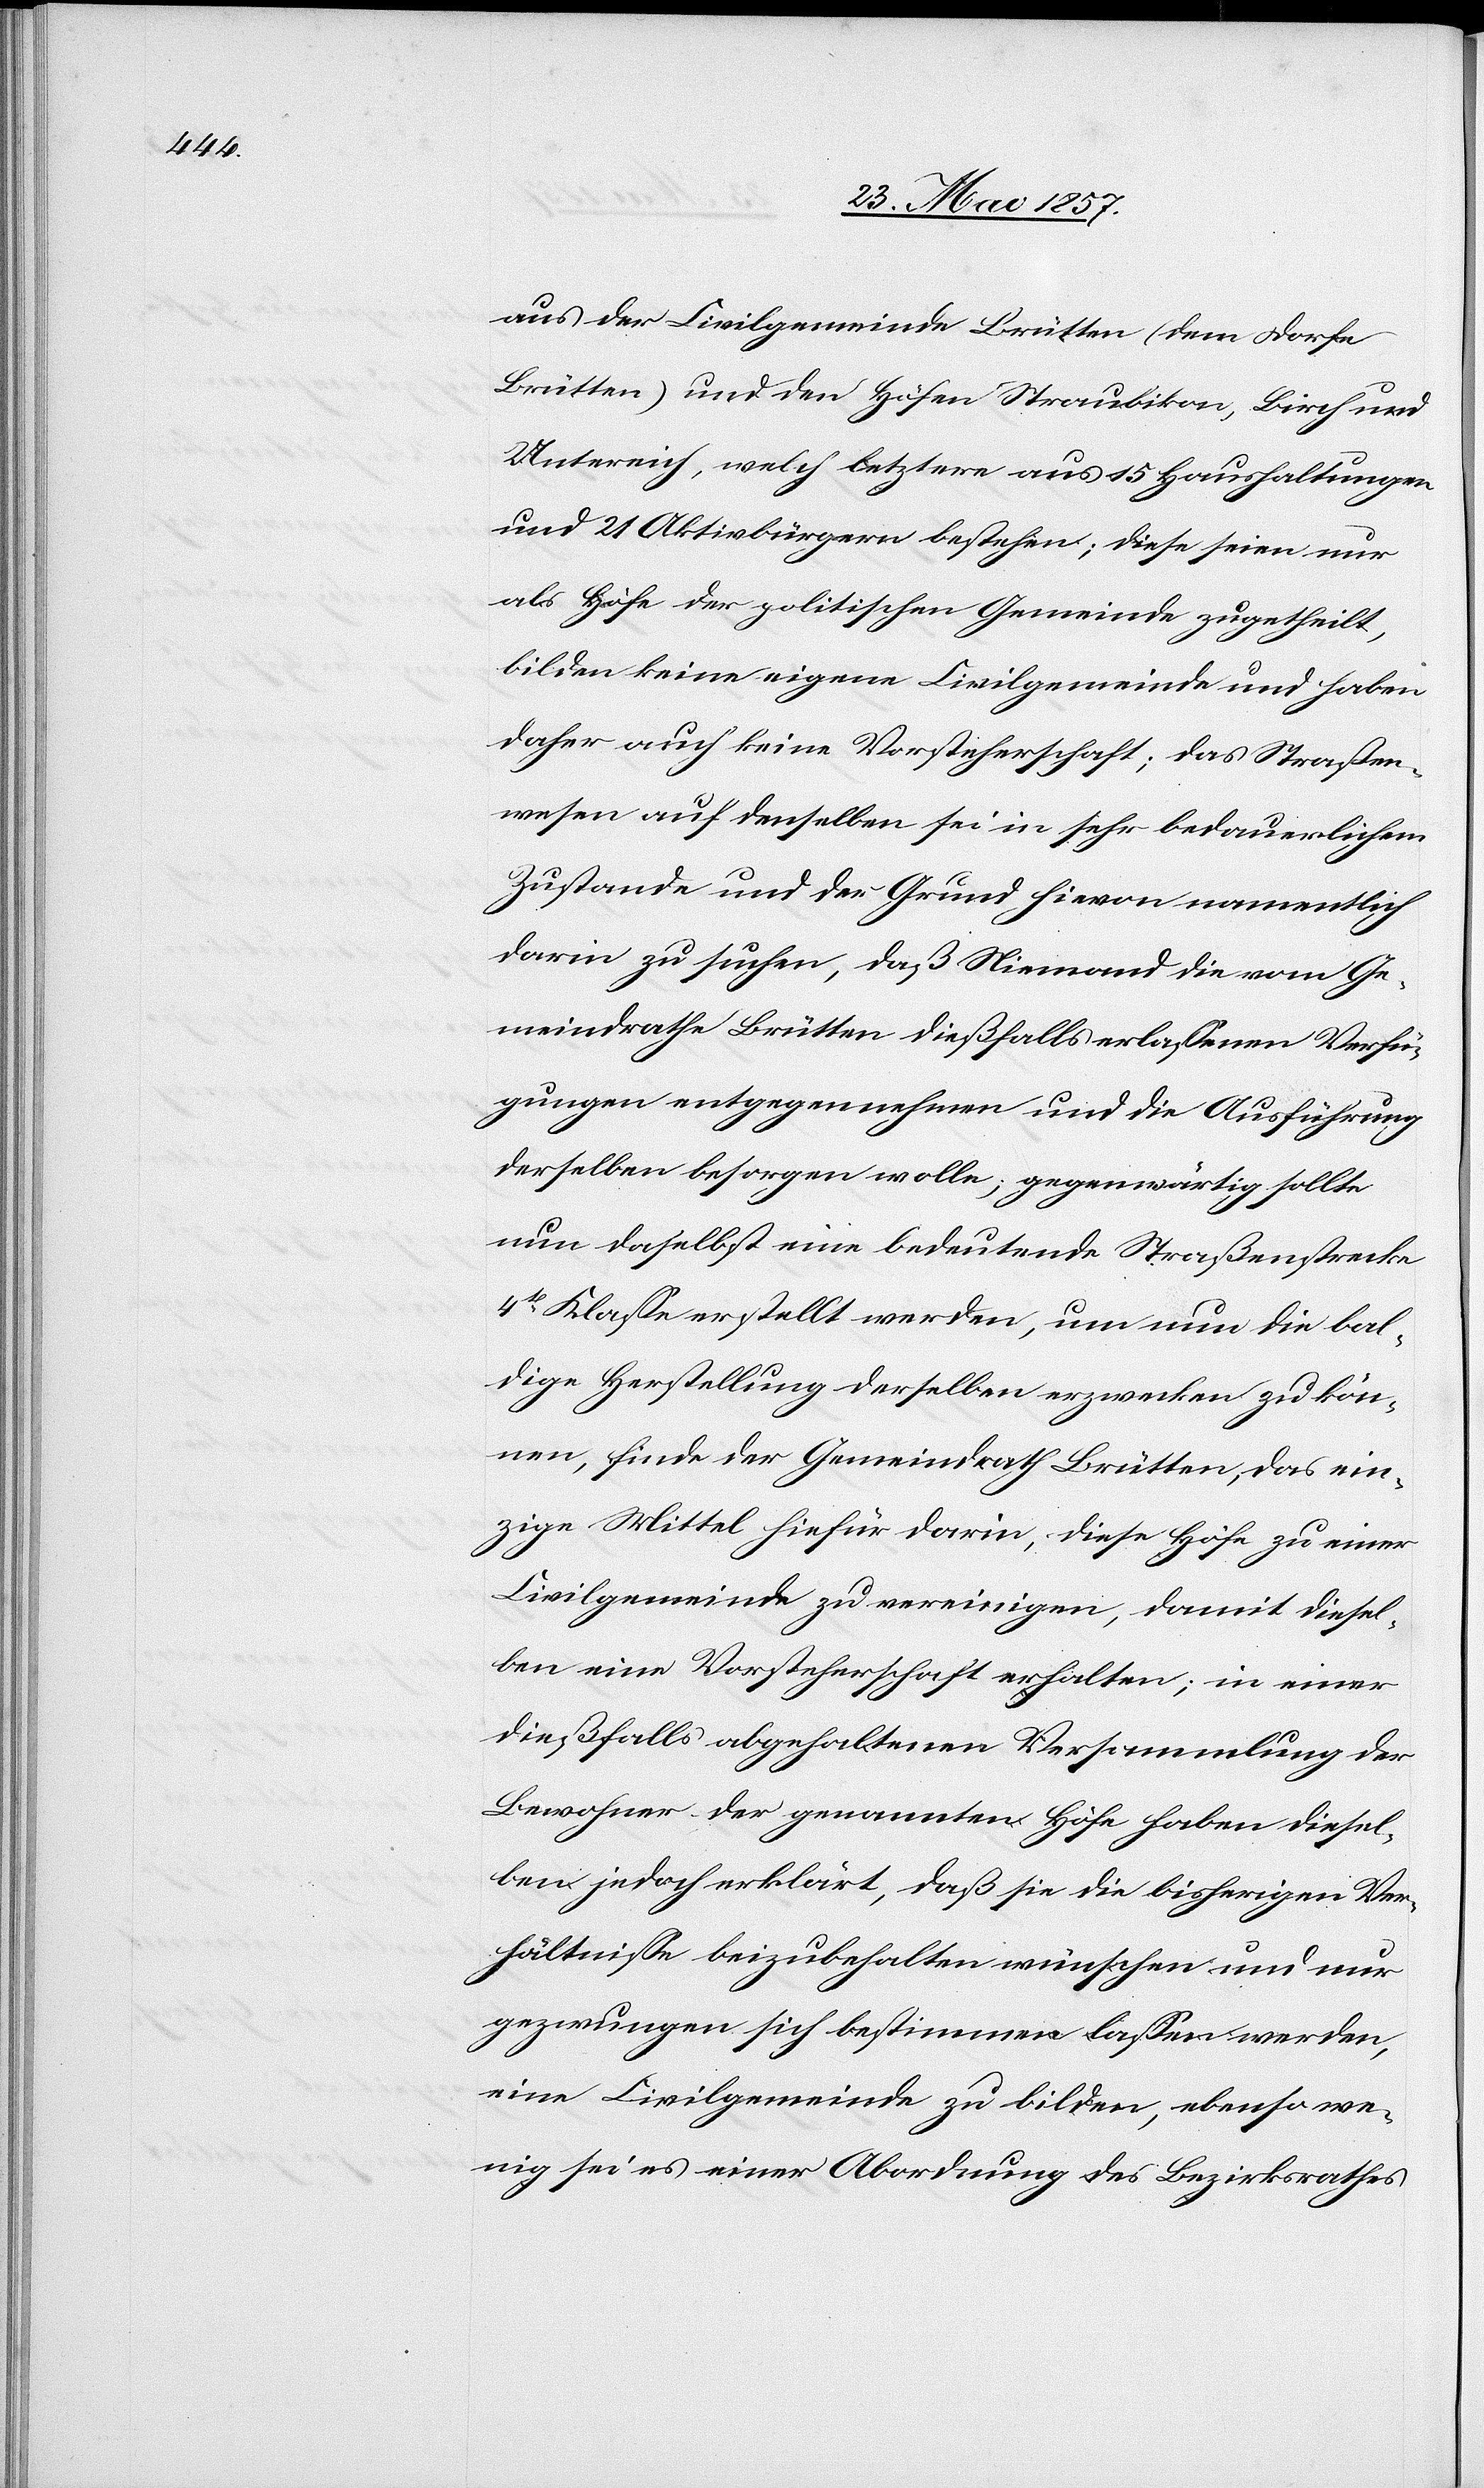
aus der Civilgemeinde Brütten (dem Dorfe
Brütten) und den Höfen Straubikon, Birch und
Untereich, welch letztere aus 15 Haushaltungen
und 21 Aktivbürgern bestehen; diese seien nur
als Höfe der politischen Gemeinde zugetheilt,
bilden keine eigene Civilgemeinde und haben
daher auch keine Vorsteherschaft; das Straßen¬
wesen auf denselben sei in sehr bedauerlichem
Zustande und der Grund hievon namentlich
darin zu suchen, daß Niemand die vom Ge¬
meindrathe Brütten dießfalls erlassenen Verfü¬
gungen entgegennehmen und die Ausführung
derselben besorgen wolle; gegenwärtig sollte
nun daselbst eine bedeutende Straßenstrecke
4tr Klasse erstellt werden, um die bal¬
dige Herstellung derselben erzwecken zu kön¬
nen, finde der Gemeindrath Brütten, das ein¬
zige Mittel hiefür darin, diese Höfe zu einer
Civilgemeinde zu vereinigen, damit diesel¬
ben eine Vorsteherschaft erhalten; in einer
dießfalls abgehaltenen Versammlung der
Bewohner der genannten Höfe haben diesel¬
ben jedoch erklärt, daß sie die bisherigen Ver¬
hältnisse beizubehalten wünschen und nur
gezwungen sich bestimmen lassen werden,
eine Civilgemeinde zu bilden, ebenso we¬
nig sei es einer Abordnung des Bezirksrathes